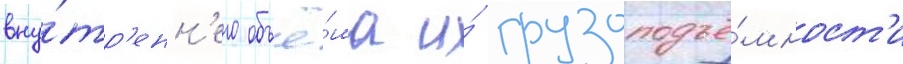
вну́тр'енн'его объё́ма и́ грузоподъё́мност'и